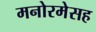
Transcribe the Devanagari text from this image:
मनोरमेसह